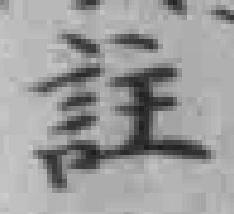
註